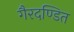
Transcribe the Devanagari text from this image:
गैरदण्डित